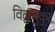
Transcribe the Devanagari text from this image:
विद्वन्मुकुट